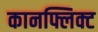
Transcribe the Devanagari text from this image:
कानफ्लिक्ट